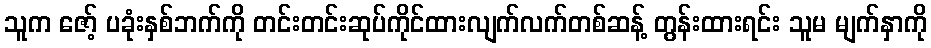
သူက ဇော့် ပခုံးနှစ်ဘက်ကို တင်းတင်းဆုပ်ကိုင်ထားလျက်လက်တစ်ဆန့် တွန်းထားရင်း သူမ မျက်နှာကို